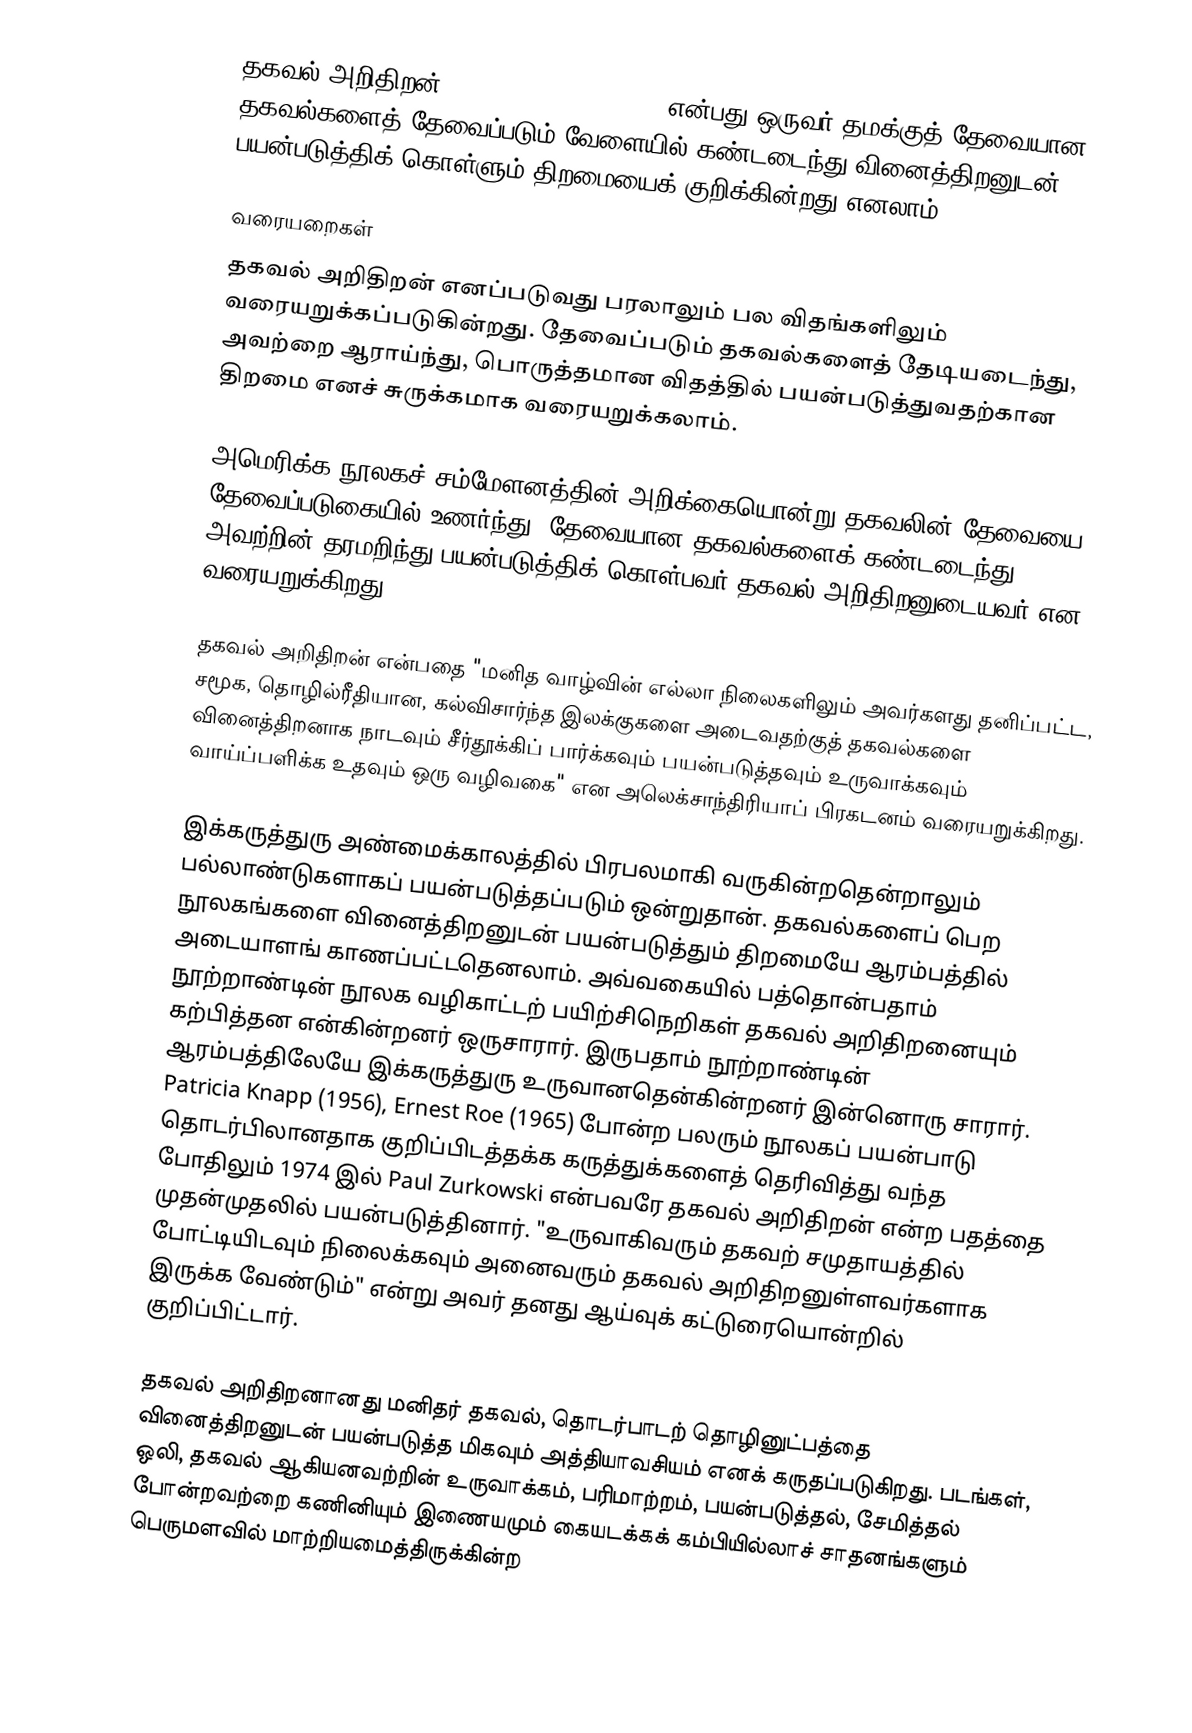
தகவல் அறிதிறன் (Information Literacy) என்பது ஒருவர் தமக்குத் தேவையான தகவல்களைத் தேவைப்படும் வேளையில் கண்டடைந்து வினைத்திறனுடன் பயன்படுத்திக் கொள்ளும் திறமையைக் குறிக்கின்றது எனலாம்.

வரையறைகள்
தகவல் அறிதிறன் எனப்படுவது பரலாலும் பல விதங்களிலும் வரையறுக்கப்படுகின்றது. தேவைப்படும் தகவல்களைத் தேடியடைந்து, அவற்றை ஆராய்ந்து, பொருத்தமான விதத்தில் பயன்படுத்துவதற்கான திறமை எனச் சுருக்கமாக வரையறுக்கலாம்.

அமெரிக்க நூலகச் சம்மேளனத்தின் அறிக்கையொன்று தகவலின் தேவையை தேவைப்படுகையில் உணர்ந்து, தேவையான தகவல்களைக் கண்டடைந்து அவற்றின் தரமறிந்து பயன்படுத்திக் கொள்பவர் தகவல் அறிதிறனுடையவர் என வரையறுக்கிறது.

தகவல் அறிதிறன் என்பதை "மனித வாழ்வின் எல்லா நிலைகளிலும் அவர்களது தனிப்பட்ட, சமூக, தொழில்ரீதியான, கல்விசார்ந்த இலக்குகளை அடைவதற்குத் தகவல்களை வினைத்திறனாக நாடவும் சீர்தூக்கிப் பார்க்கவும் பயன்படுத்தவும் உருவாக்கவும் வாய்ப்பளிக்க உதவும் ஒரு வழிவகை" என அலெக்சாந்திரியாப் பிரகடனம் வரையறுக்கிறது.

இக்கருத்துரு அண்மைக்காலத்தில் பிரபலமாகி வருகின்றதென்றாலும் பல்லாண்டுகளாகப் பயன்படுத்தப்படும் ஒன்றுதான். தகவல்களைப் பெற நூலகங்களை வினைத்திறனுடன் பயன்படுத்தும் திறமையே ஆரம்பத்தில் அடையாளங் காணப்பட்டதெனலாம். அவ்வகையில் பத்தொன்பதாம் நூற்றாண்டின் நூலக வழிகாட்டற் பயிற்சிநெறிகள் தகவல் அறிதிறனையும் கற்பித்தன என்கின்றனர் ஒருசாரார். இருபதாம் நூற்றாண்டின் ஆரம்பத்திலேயே இக்கருத்துரு உருவானதென்கின்றனர் இன்னொரு சாரார். Patricia Knapp (1956), Ernest Roe (1965) போன்ற பலரும் நூலகப் பயன்பாடு தொடர்பிலானதாக குறிப்பிடத்தக்க கருத்துக்களைத் தெரிவித்து வந்த போதிலும் 1974 இல் Paul Zurkowski என்பவரே தகவல் அறிதிறன் என்ற பதத்தை முதன்முதலில் பயன்படுத்தினார். "உருவாகிவரும் தகவற் சமுதாயத்தில் போட்டியிடவும் நிலைக்கவும் அனைவரும் தகவல் அறிதிறனுள்ளவர்களாக இருக்க வேண்டும்" என்று அவர் தனது ஆய்வுக் கட்டுரையொன்றில் குறிப்பிட்டார்.

தகவல் அறிதிறனானது மனிதர் தகவல், தொடர்பாடற் தொழினுட்பத்தை வினைத்திறனுடன் பயன்படுத்த மிகவும் அத்தியாவசியம் எனக் கருதப்படுகிறது. படங்கள், ஒலி, தகவல் ஆகியனவற்றின் உருவாக்கம், பரிமாற்றம், பயன்படுத்தல், சேமித்தல் போன்றவற்றை கணினியும் இணையமும் கையடக்கக் கம்பியில்லாச் சாதனங்களும் பெருமளவில் மாற்றியமைத்திருக்கின்ற